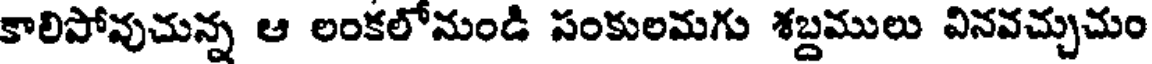
కాలిపోవుచున్న ఆ లంకలోనుండి సంకులమగు శబ్దములు వినవచ్చుచుం